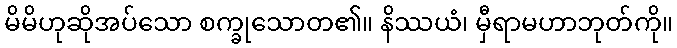
မိမိဟုဆိုအပ်သော စက္ခုသောတ၏။ နိဿယံ၊ မှီရာမဟာဘုတ်ကို။